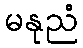
မနုညံ